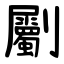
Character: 劚